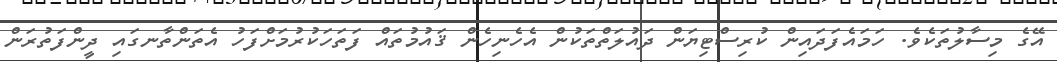
އޭގެ މިސާލުތަކެވެ. ހަމައެފަދައިން ކުރިސްޓިޔަން ދައުލަތްތަކުން އެހެނިހެން ޤައުމުތައް ފަތަހަކުރުމަށްފަހު އެތަންތާނގައި ދީންފަތުރަން